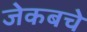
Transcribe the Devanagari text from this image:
जेकबचे